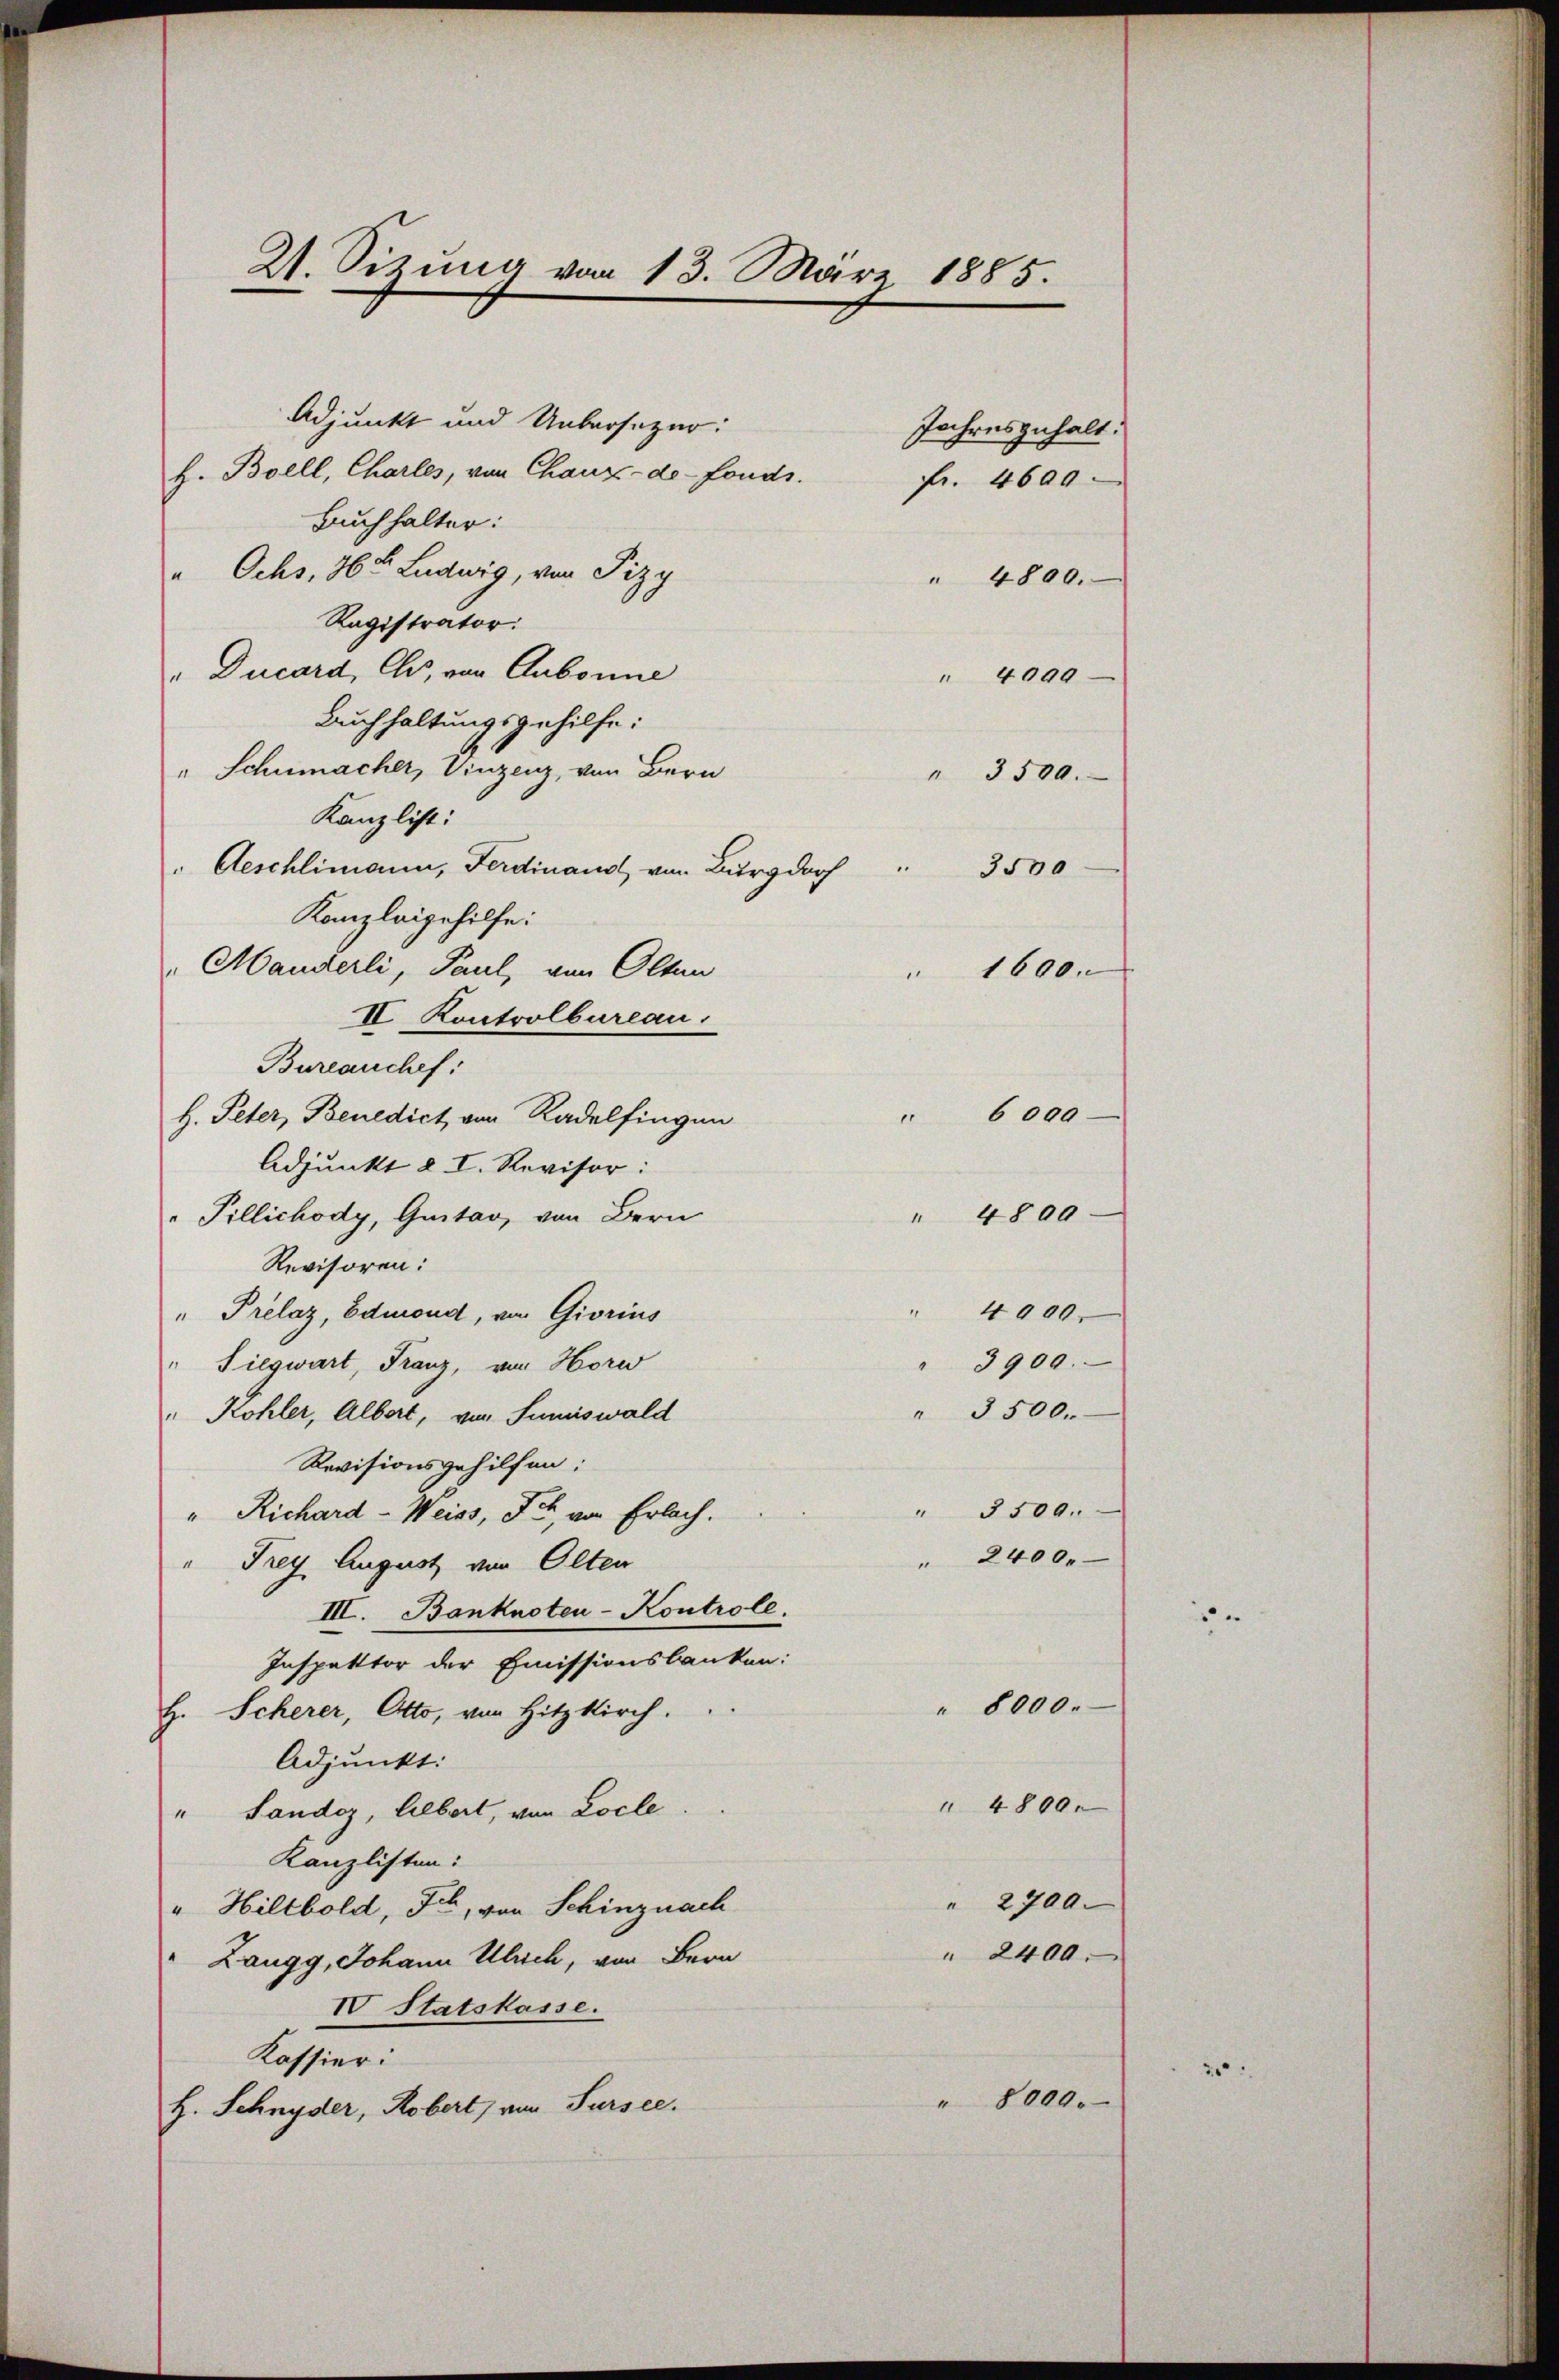
21. Sizung vom 13. März 1885

Adjunkt und Uebersezer:
H. Bolll, Charles, von Chaux-de-Fonds.
Bauchhalter:
" Ochs, 96 u. Ludwig, von Pizy
Ragistrator:
" Ducard, Ch, von Aubonne
Buchhaltungsgehilfe:
" Schumacher, Vinzenz, von Bern
Kanzlist:
 Aeschlimann, Ferdinand von Burgdorf
Kanzleigehilfe.
Manderli, Paul, von Olten
IV. Kontrolbureau.
Bureauchef:
H. Peter, Benedict von Radelfingen
Adjunkt § I. Revisor:
Pillichody, Quitar, von Bern
Revisoren:
" Prelaz, Edmond, von Giorius
" Siegwart, Franz, von Horw
" Kohler, Albert, von Sumiswald
Revisionsgehilfen:
"Richard - Weiss, Sch., von Erlach.
Frey August von Olten
III. Banknoten-Kontrole.
Inspektor der Emissionsbanken:
H. Scherer, Otto, von Hitzkirch.
Adjunkt:
Landoz, Albert, von Locle
Kanzlisten:
" Hiltbold, Ich, von Schinznach
Zaugg, Johann Ulrich, von Bern
IV Statskasse.
Kassier.
H. Schnyder, Robert, von Sursee.

Jahresgehalt:
fr. 4600.

4000.

4800.

4800.
4099.
3500.
3500
1600.

6000.
4800

3900.
3500.
3509.
2400.

" 2700.
 2400.

" 8000.

8000.